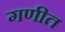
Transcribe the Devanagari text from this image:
गणीत